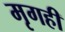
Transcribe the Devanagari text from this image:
मृगही